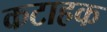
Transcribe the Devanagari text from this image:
कटाहक